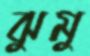
ঝুমু